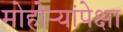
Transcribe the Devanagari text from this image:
मोहोऱ्यांपेक्षा